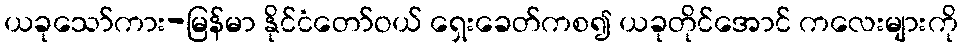
ယခုသော်ကား-မြန်မာ နိုင်ငံတော်ဝယ် ရှေးခေတ်ကစ၍ ယခုတိုင်အောင် ကလေးများကို